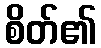
စိတ်၏